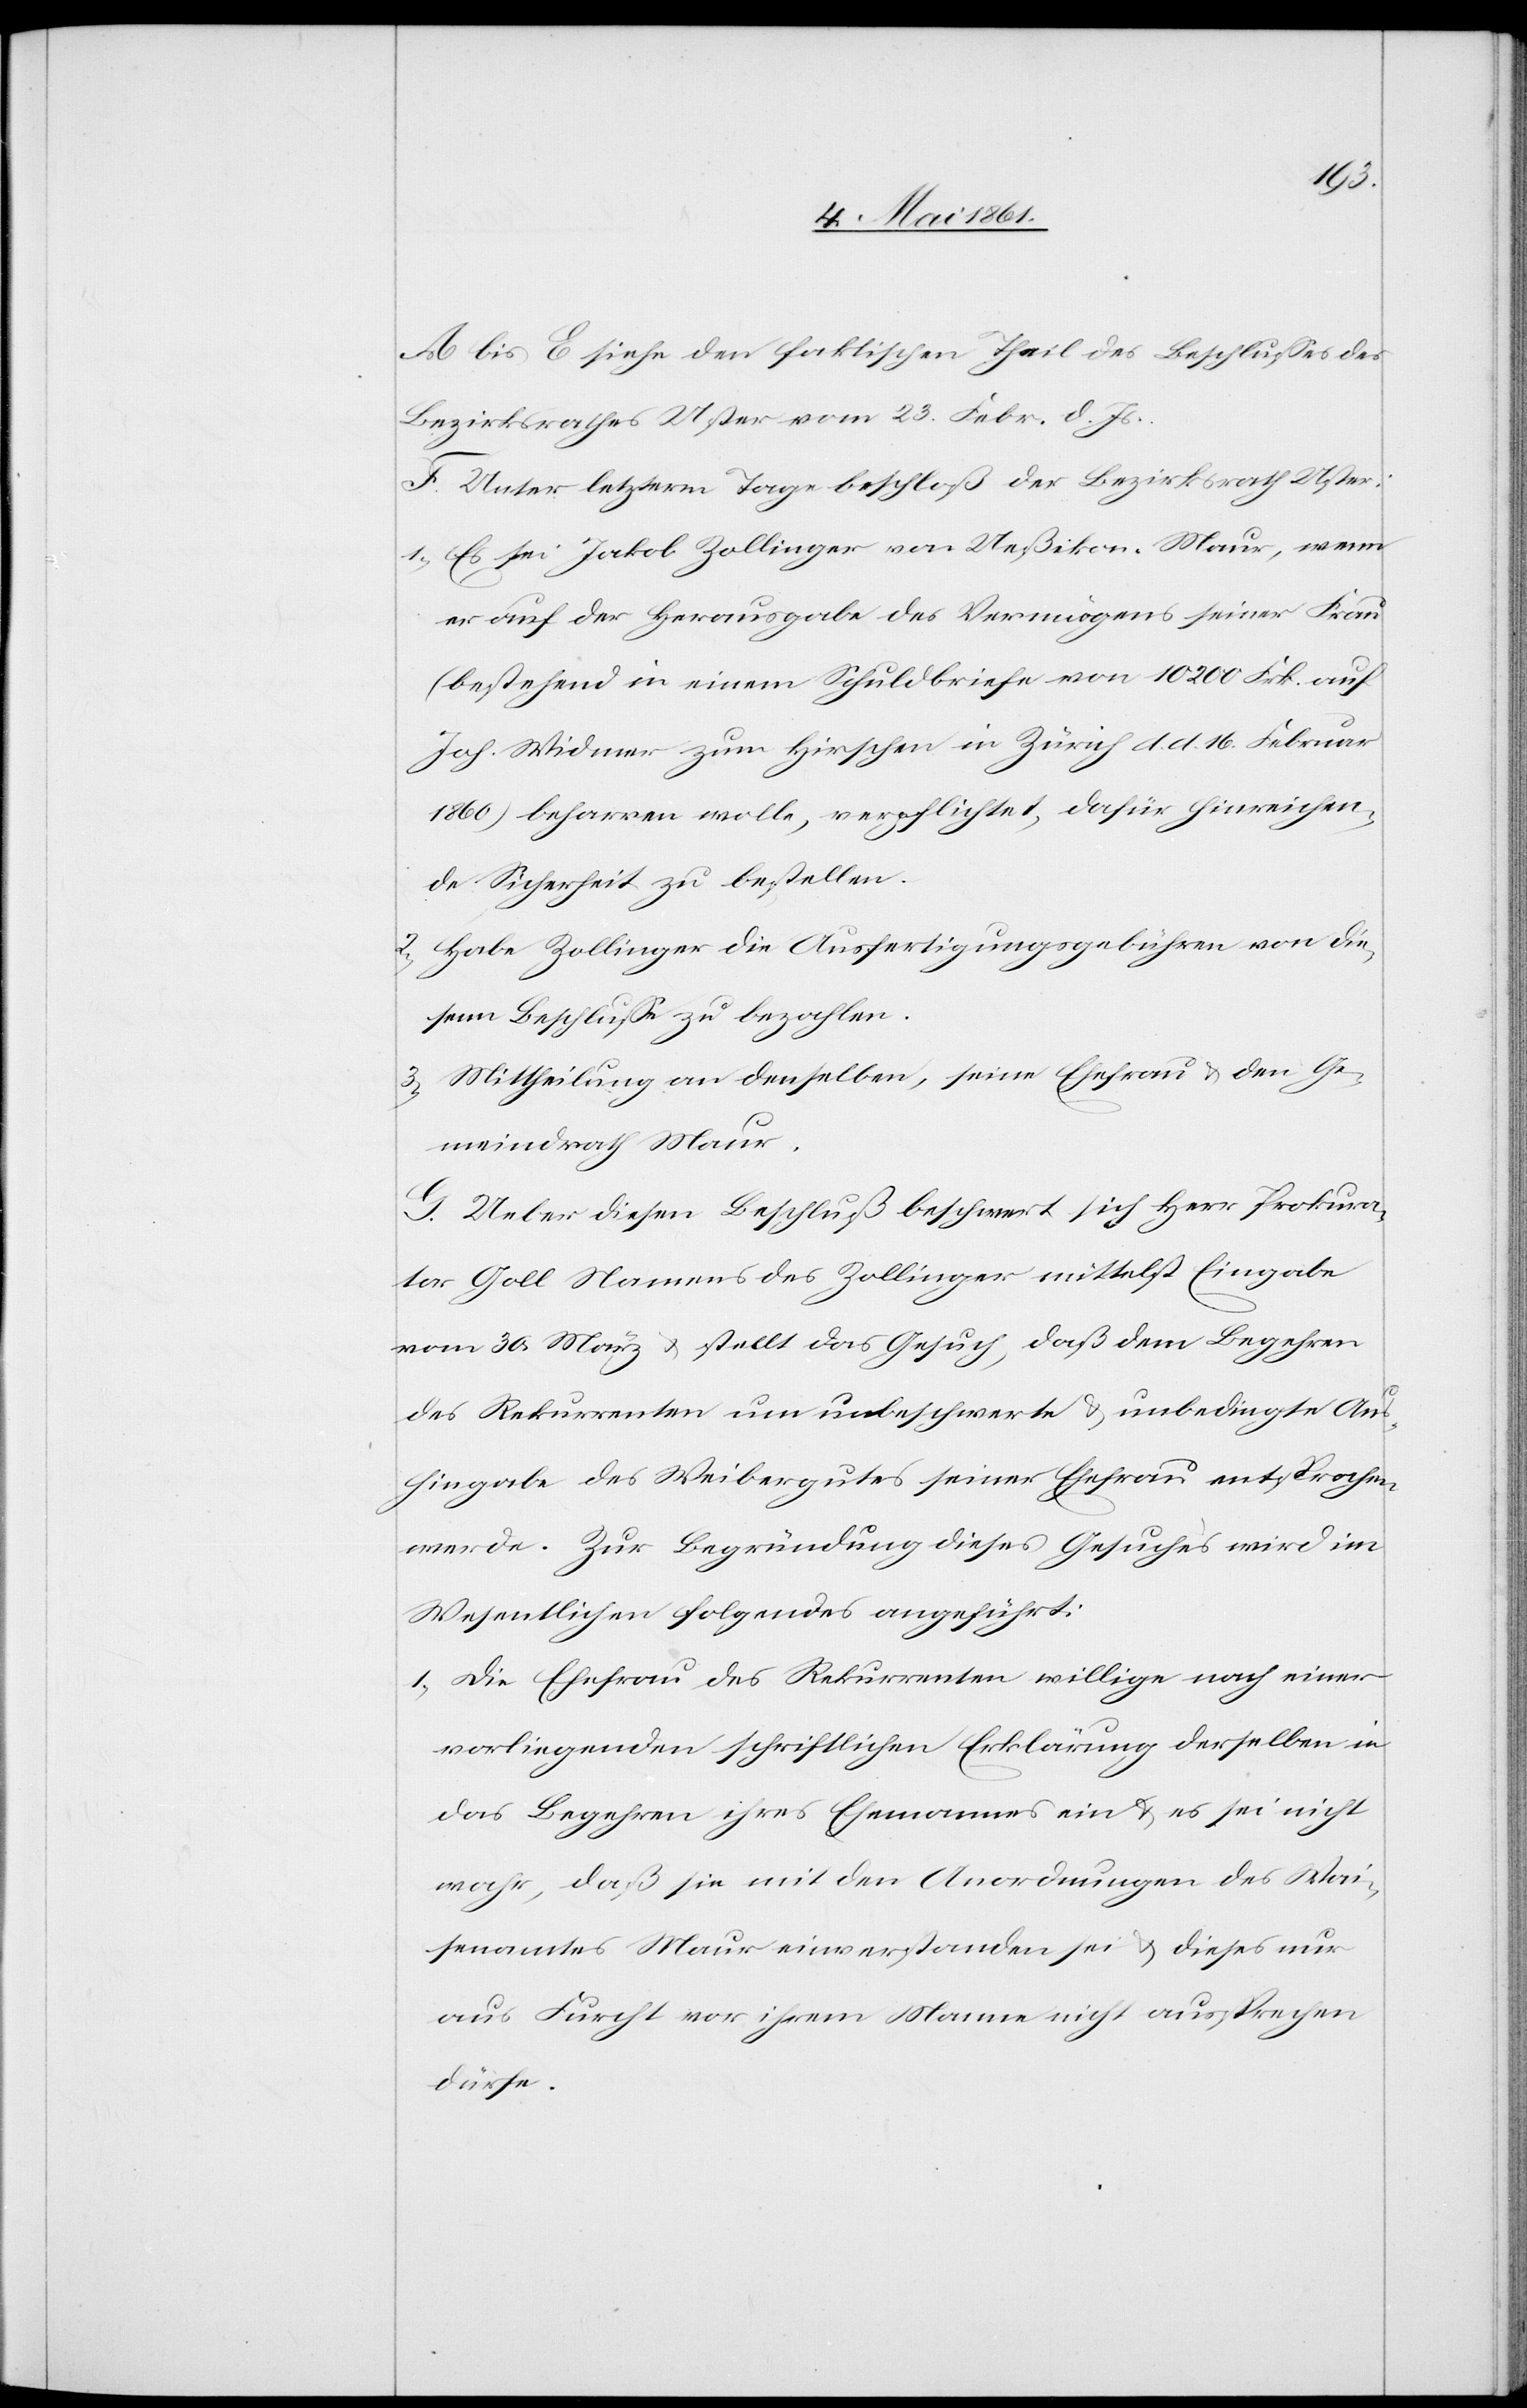
A. bis E siehe den faktischen Theil des Beschlusses des
Bezirksrathes Uster vom 23. Febr. d. Js.
F. Unter letzterm Tage beschloß der Bezirksrath Uster:
1) Es sei Jakob Zollinger von Ueßikon-Maur, wenn
er auf der Herausgabe des Vermögens seiner Frau
(bestehend in einem Schuldbriefe von 10 200 Frk. auf
Joh. Widmer zum Hirschen in Zürich d. d. 16. Februar
1860) beharren wolle, verpflichtet, dafür hinreichen¬
de Sicherheit zu bestellen.
2) Habe Zollinger die Ausfertigungsgebühren von die¬
sem Beschlusse zu bezahlen.
3) Mittheilung an denselben, seine Ehefrau u. den Ge¬
meindrath Maur.
G. Ueber diesen Beschluß beschwert sich Herr Prokura¬
tor Goll Namens des Zollinger mittelst Eingabe
vom 30. März u. stellt das Gesuch, daß dem Begehren
des Rekurrenten um unbeschwerte u. unbedingte Aus¬
hingabe des Weibergutes seiner Ehefrau entsprochen
werde. Zur Begründung dieses Gesuches wird im
Wesentlichen folgendes angeführt:
1) Die Ehefrau des Rekurrenten willige nach einer
vorliegenden schriftlichen Erklärung derselben in
das Begehren ihres Ehemannes ein u. es sei nicht
wahr, daß sie mit den Anordnungen des Wai¬
senamtes Maur einverstanden sei u. dieses nur
aus Furcht vor ihrem Manne nicht aussprechen
dürfe.